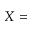
X =